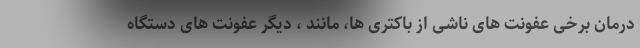
درمان برخی عفونت های ناشی از باکتری ها، مانند ، دیگر عفونت های دستگاه